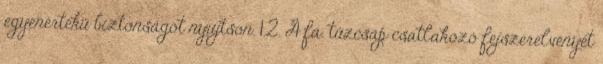
egyenértékû biztonságot nyújtson. 1.2. A fa. tûzcsap csatlakozó fejszerelvényét